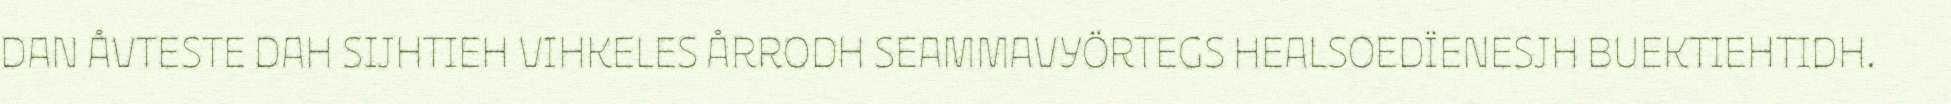
DAN ÅVTESTE DAH SIJHTIEH VIHKELES ÅRRODH SEAMMAVYÖRTEGS HEALSOEDÏENESJH BUEKTIEHTIDH.